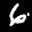
Label: 6